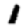
Digit: 1